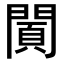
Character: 𨵪